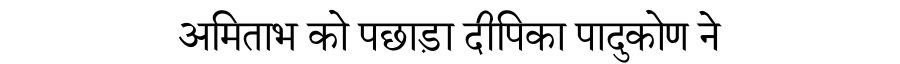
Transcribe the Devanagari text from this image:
अमिताभ को पछाड़ा दीपिका पादुकोण ने